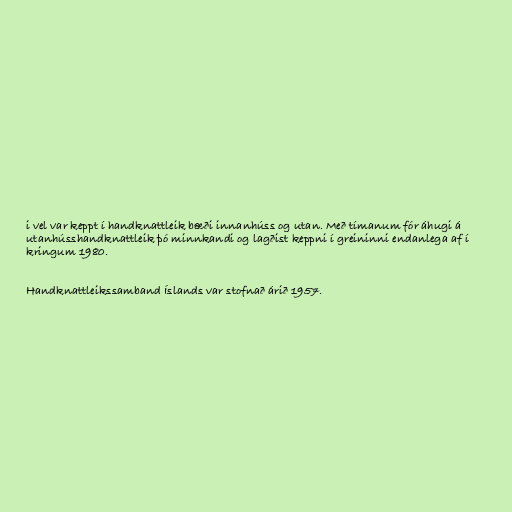
i vel var keppt í handknattleik bæði innanhúss og utan. Með tímanum fór áhugi á
utanhússhandknattleik þó minnkandi og lagðist keppni í greininni endanlega af í
kringum 1980.

Handknattleikssamband Íslands var stofnað árið 1957.